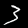
Label: 3